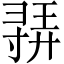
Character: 𫴳